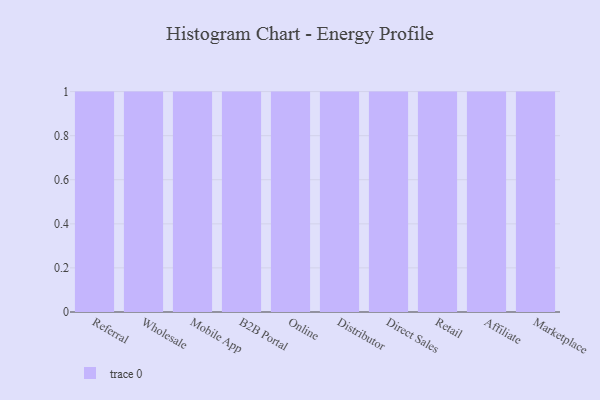
{"axis": {"x": "Channel", "y": "Population (Million)"}, "legend": [""], "data": [{"x": "Referral", "y": 75, "type": ""}, {"x": "Wholesale", "y": 92, "type": ""}, {"x": "Mobile App", "y": 76, "type": ""}, {"x": "B2B Portal", "y": 51, "type": ""}, {"x": "Online", "y": 35, "type": ""}, {"x": "Distributor", "y": 90, "type": ""}, {"x": "Direct Sales", "y": 11, "type": ""}, {"x": "Retail", "y": 91, "type": ""}, {"x": "Affiliate", "y": 88, "type": ""}, {"x": "Marketplace", "y": 2, "type": ""}]}